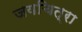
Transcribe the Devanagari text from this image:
जयचित्रा